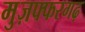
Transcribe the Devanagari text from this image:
मुज़फ्फरगढ़